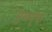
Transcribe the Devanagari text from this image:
मुखपृष्‍ठ